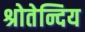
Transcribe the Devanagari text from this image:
श्रोतेन्दिय